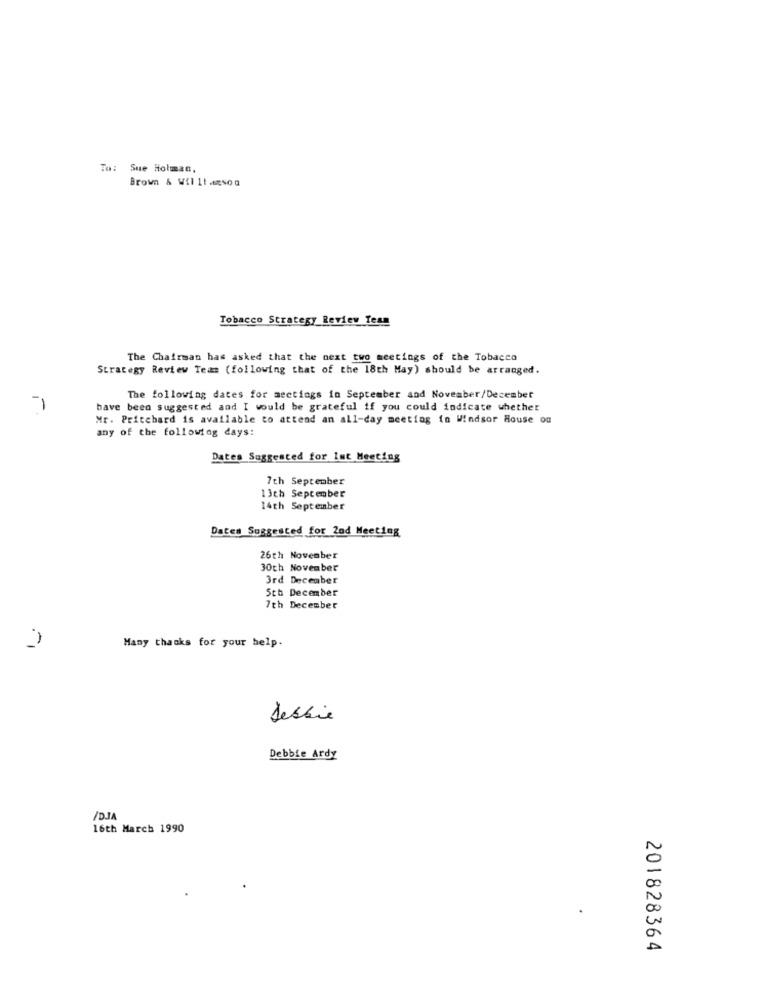
: Sue Holman,
Brown & Wil It .mson
Tobacco Strategy Review Team
The Chairman has asked that the next two meetings of the Tobacco
Strategy Review Team (following that of the 18th May) should be arranged.
The following dates for meetings in September and November/December
have been suggested and I would be grateful if you could indicate whether
Mr. Pricebard is available to attend an all-day meeting in Windsor House on
any of the following days:
Dates Suggested for Int Meeting
7th September
13th September
14th September
Dates Suggested for 2nd Meeting
26th November
30th November
3rd December
5th December
7th December
Many thanks for your help.
Debbie
Debbie Ardy
IDJA
16th March 1990
201828364